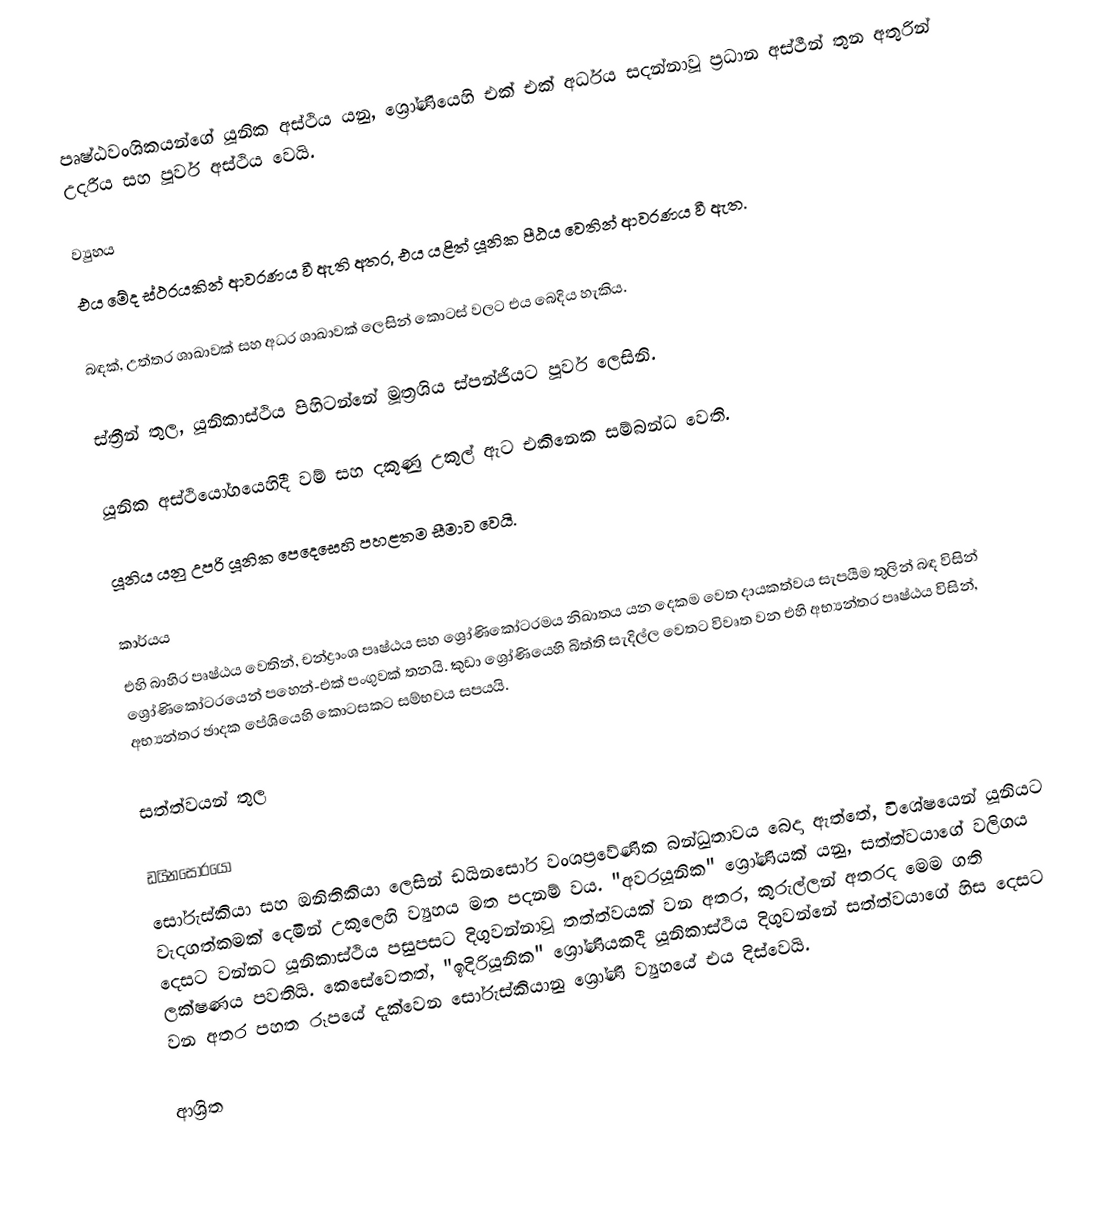
පෘෂ්ඨවංශිකයන්ගේ යූනික අස්ථිය යනු, ශ්‍රෝණියෙහි එක් එක් අර්ධය සදන්නාවූ ප්‍රධාන අස්ථීන් තුන අතුරින් උදරීය සහ පූර්ව අස්ථිය වෙයි.

ව්‍යුහය
එය මේද ස්ථරයකින් ආවරණය වී ඇති අතර, එය යළිත්  යූනික පීඨය  වෙතින් ආවරණය වී ඇත.

බඳක්, උත්තර ශාඛාවක් සහ අධර ශාඛාවක් ලෙසින් කොටස් වලට එය බෙදිය හැකිය.

ස්ත්‍රීන් තුල, යූනිකාස්ථිය පිහිටන්නේ මූත්‍රශිය ස්පන්ජියට පූර්ව ලෙසිනි.

 යූනික අස්ථියෝගයෙහිදී වම් සහ දකුණු උකුල් ඇට එකිනෙක සම්බන්ධ වෙති.

යූනිය යනු   උපරි යූනික පෙදෙසෙහි පහළතම සීමාව වෙයි.

කාර්යය
එහි බාහිර පෘෂ්ඨය වෙතින්, චන්ද්‍රාංශ පෘෂ්ඨය සහ ශ්‍රෝණිකෝටරමය නිඛාතය යන දෙකම වෙත දායකත්වය සැපයීම තුලින් බඳ විසින්   ශ්‍රෝණිකෝටරයෙන් පහෙන්-එක් පංගුවක් තනයි. කුඩා ශ්‍රෝණියෙහි බිත්ති සැදිල්ල වෙතට විවෘත වන එහි අභ්‍යන්තර පෘෂ්ඨය විසින්,   අභ්‍යන්තර ඡාදක පේශියෙහි කොටසකට සම්භවය සපයයි.

සත්ත්වයන් තුල

ඩයිනසෝරයෝ
සෝරුස්කියා සහ ඔනිතිකියා ලෙසින් ඩයිනසෝර වංශප්‍රවේණික බන්ධුතාවය බෙදා ඇත්තේ, විශේෂයෙන් යූනියට වැදගත්කමක් දෙමින් උකුලෙහි ව්‍යුහය මත පදනම් වය.  "අවරයූනික" ශ්‍රෝණියක් යනු, සත්ත්වයාගේ වලිගය දෙසට වන්නට යූනිකාස්ථිය පසුපසට දිගුවන්නාවූ තත්ත්වයක් වන අතර, කුරුල්ලන් අතරද මෙම ගති ලක්ෂණය පවතියි. කෙසේවෙතත්,  "ඉදිරියූනික" ශ්‍රෝණියකදී යූනිකාස්ථිය දිගුවන්නේ සත්ත්වයාගේ හිස දෙසට වන අතර පහත රූපයේ  දැක්වෙන සෝරුස්කියානු ශ්‍රෝණි ව්‍යුහයේ එය දිස්වෙයි.

ආශ්‍රිත